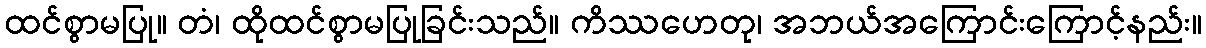
ထင်စွာမပြု။ တံ၊ ထိုထင်စွာမပြုခြင်းသည်။ ကိဿဟေတု၊ အဘယ်အကြောင်းကြောင့်နည်း။